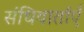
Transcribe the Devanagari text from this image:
संधिवार्ताएँ